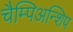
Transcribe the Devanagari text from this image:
चैम्पिअन्शिप